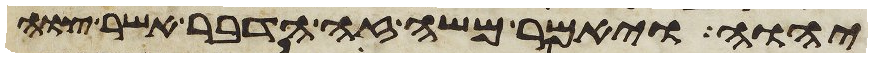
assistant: יהוה ויאמר משה זה הדבר אשר צוה